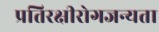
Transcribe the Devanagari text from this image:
प्रतिरक्षीरोगजन्यता